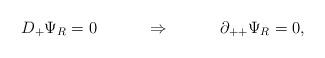
LaTeX: \begin{align*}D_{+} \Psi_R = 0 ~~~ \qquad \Rightarrow ~~~ \qquad\partial_{++} \Psi_R = 0,\end{align*}